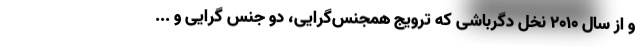
و از سال ۲۰۱۰ نخل دگرباشی که ترویج همجنس‌گرایی، دو جنس گرایی و ...